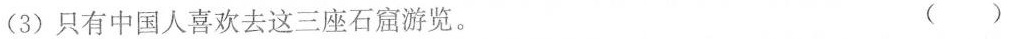
(3)只有中国人喜欢去这三座石窟游览。 ()